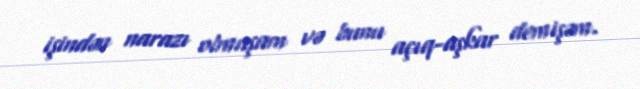
işindən narazı olmuşam və bunu açıq-aşkar demişəm.